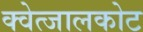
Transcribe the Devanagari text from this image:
क्वेत्जालकोट